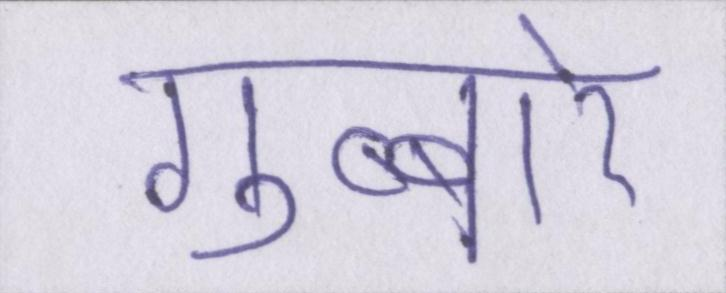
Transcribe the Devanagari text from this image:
गुब्बारे